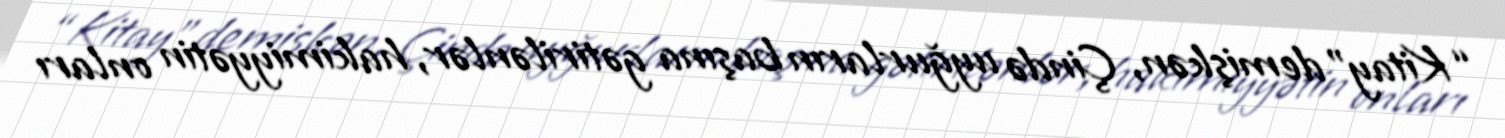
“Kitay” demişkən, Çində uyğurların başına gətirilənlər, hakimiyyətin onları